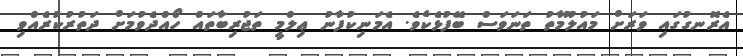
އެރޮނގުގައި ވަރަށް މައުލޫމާތު ތަނަވަސް ބޭފުޅެކެވެ. އެމަނިކުފާނު ޢިލްމީ ތަޖުރިބާތައް ހޯއްދެވުމަށް ދަތުރުކުރެއްވި